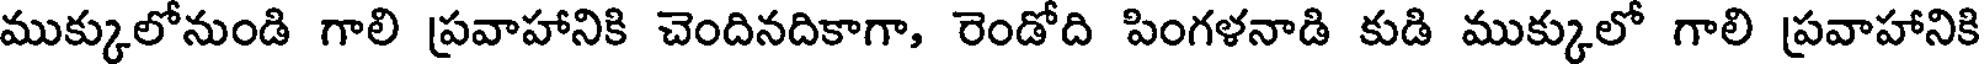
ముక్కులోనుండి గాలి ప్రవాహానికి చెందినదికాగా, రెండోది పింగళనాడి కుడి ముక్కులో గాలి ప్రవాహానికి